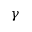
\gamma